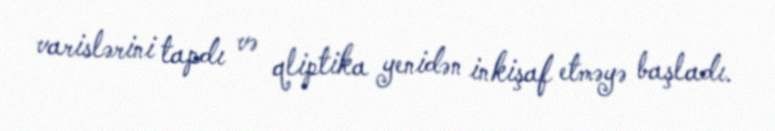
varislərini tapdı və qliptika yenidən inkişaf etməyə başladı.